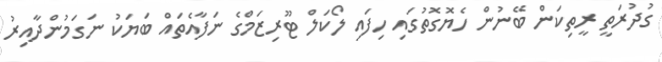
ގުދުރަތީ ރީތިކަން ބޭނުން ހެޔޮގޮތުގައި ހިފައި ލޯކަލް ޓޫރިޒަމްގެ ނަފާއެތައް ބަޔަކު ނަގަމުންދާއިރު